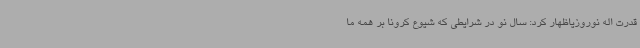
قدرت اله نوروزیاظهار کرد: سال نو در شرایطی که شیوع کرونا بر همه ما